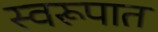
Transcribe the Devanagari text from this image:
स्‍वरूपात